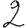
Digit: 2